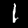
Label: 1